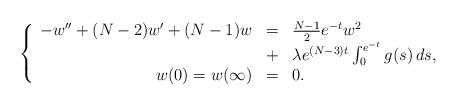
LaTeX: \begin{align*}\left\{ \begin{array}{rcl}-w'' + (N-2)w' + (N-1)w &=& \frac{N-1}{2} e^{-t} w^2 \\&+& \lambda e^{(N-3)t} \int_0^{e^{-t}} g(s) \, ds, \\w(0)=w(\infty) &=& 0.\end{array}\right.\end{align*}